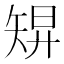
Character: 𥏓